Vaccine operations Central Provinces 1886-1899 - 1886-1899
Year: 1886
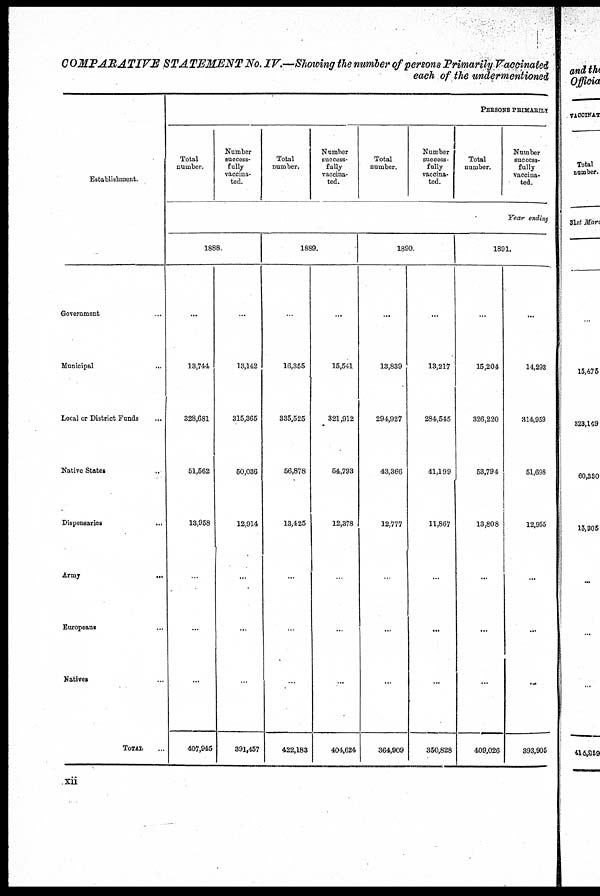
COMPARATIVE STATEMENT No. IV.—Showing the number of persons Primarily Vaccinated
each of the undermentioned
Establishment.
Government...
Municipal...
Local or District Funds...
Native
States...
Dispensaries...
Army...
Europeans...
Natives...
TOTAL. . .
PERSONS PRIMARILY.
Total
number.
Number
success-
fully
vaccina-
ted.
Total
number.
Number
success-
fully
vaccina-
ted.
Total
number.
Number
success-
fully
vaccina-
ted.
Total
number.
Number
success-
fully
vaccina-
ted.
Year ending
1888.
...
13,744
328,681
51,562
13,958
...
...
...
407,945
...
13,142
315,365
50,036
12,914
...
...
...
391,457
1889.
...
16,355
335,525
56,878
13,425
...
...
...
422,183
...
15,541
321,912
54,793
12,378
...
...
...
404,624
1890.
...
13,839
294,927
43,366
12,777
...
...
...
364,909
...
13,217
284,545
41,199
11,867
...
...
...
350,828
1891.
...
15,204
326,220
53,794
13,808
...
...
...
409,026
...
14,293
314,959
51,698
12,955
...
...
...
393,905
xii